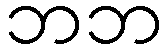
ဘဘ